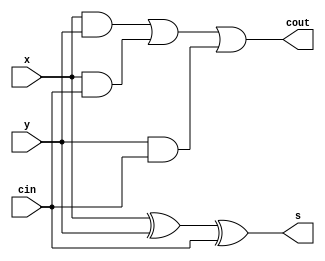
`timescale 1ns / 1ps
//////////////////////////////////////////////////////////////////////////////////
// Company: 
// Engineer: 
// 
// Design Name: 
// Module Name: lab2_1
// Project Name: 
// Target Devices: 
// Tool Versions: 
// Description: 
// 
// Dependencies: 
// 
// Revision:
// Revision 0.01 - File Created
// Additional Comments:
// 
//////////////////////////////////////////////////////////////////////////////////

module full_adder(cout, s, x, y, cin);
output s, cout;
input x, y, cin;

assign cout = (x & y) | (x & cin) | (y & cin);
assign s = x ^ y ^ cin;

endmodule